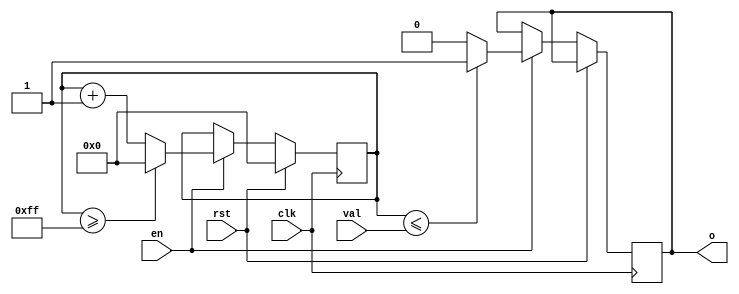
`timescale 1ns / 1ps
module PWM(
    input clk,
	 input rst,
	 input en,
    input [7:0] val,
    output reg o
    );
	 
	reg [7:0] count = 0;
	
	always @(posedge(clk)) begin
		if (rst) count <= 0;
		else if (en) begin
			count <= count + 1;
			if (count <= val) o <= 1'b1;
			else o <= 1'b0;
			if (count >= 255) count <= 0;
		end
	end
endmodule